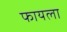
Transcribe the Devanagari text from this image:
फायला